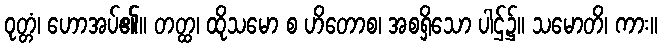
ဝုတ္တံ၊ ဟောအပ်၏။ တတ္ထ၊ ထိုသမော စ ဟိတောစ၊ အစရှိသော ပါဌ်၌။ သမောတိ၊ ကား။